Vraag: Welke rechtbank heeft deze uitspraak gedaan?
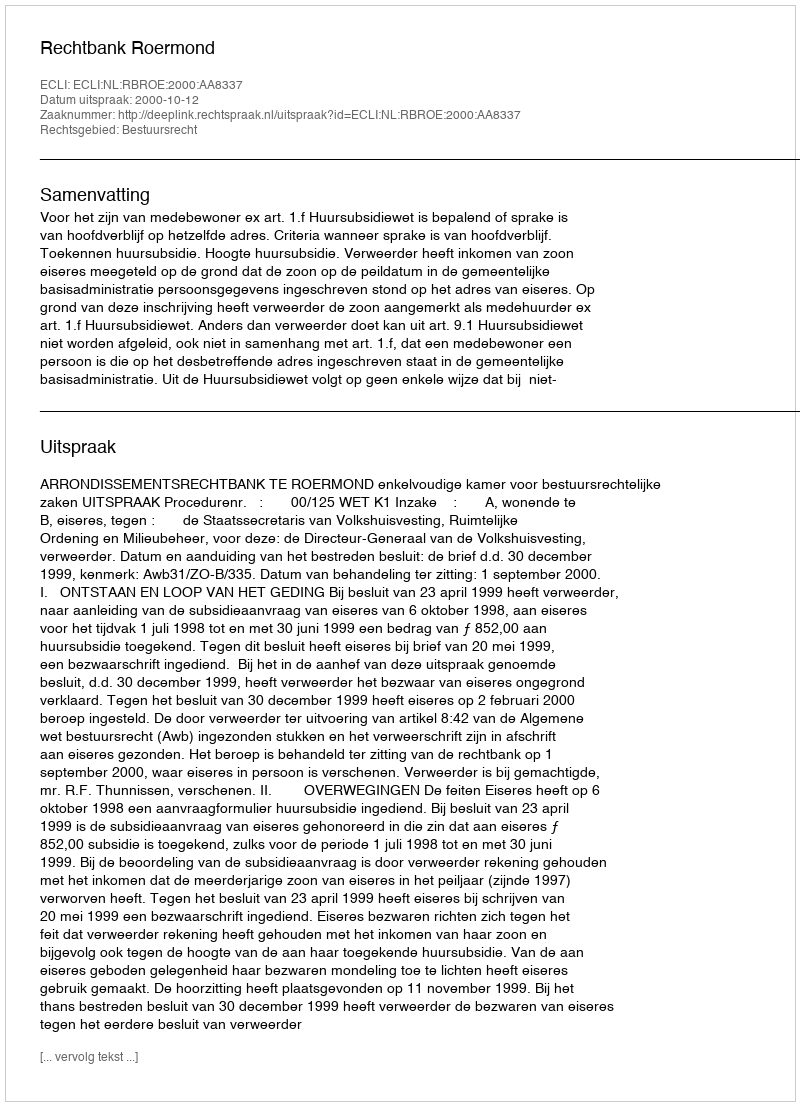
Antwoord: Rechtbank Roermond